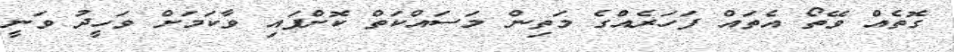
ގޮތެއް ވޭތޯ އެތައް ފަހަރެއްގެ މަތިން މަސައްކަތް ކޮށްފައި ވާކަމަށް ވަހީދު ވަނީ